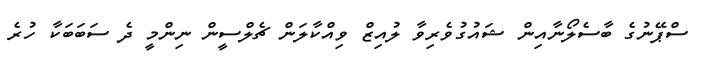
ސްޕޭނުގެ ބާސެލޯނާއިން ޝައުގުވެރިވާ ލުއިޒް ވިއްކާލަން ޗެލްސީން ނިންމީ ދެ ސަބަބަކާ ހުރެ